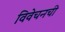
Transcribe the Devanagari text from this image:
विवेचनची